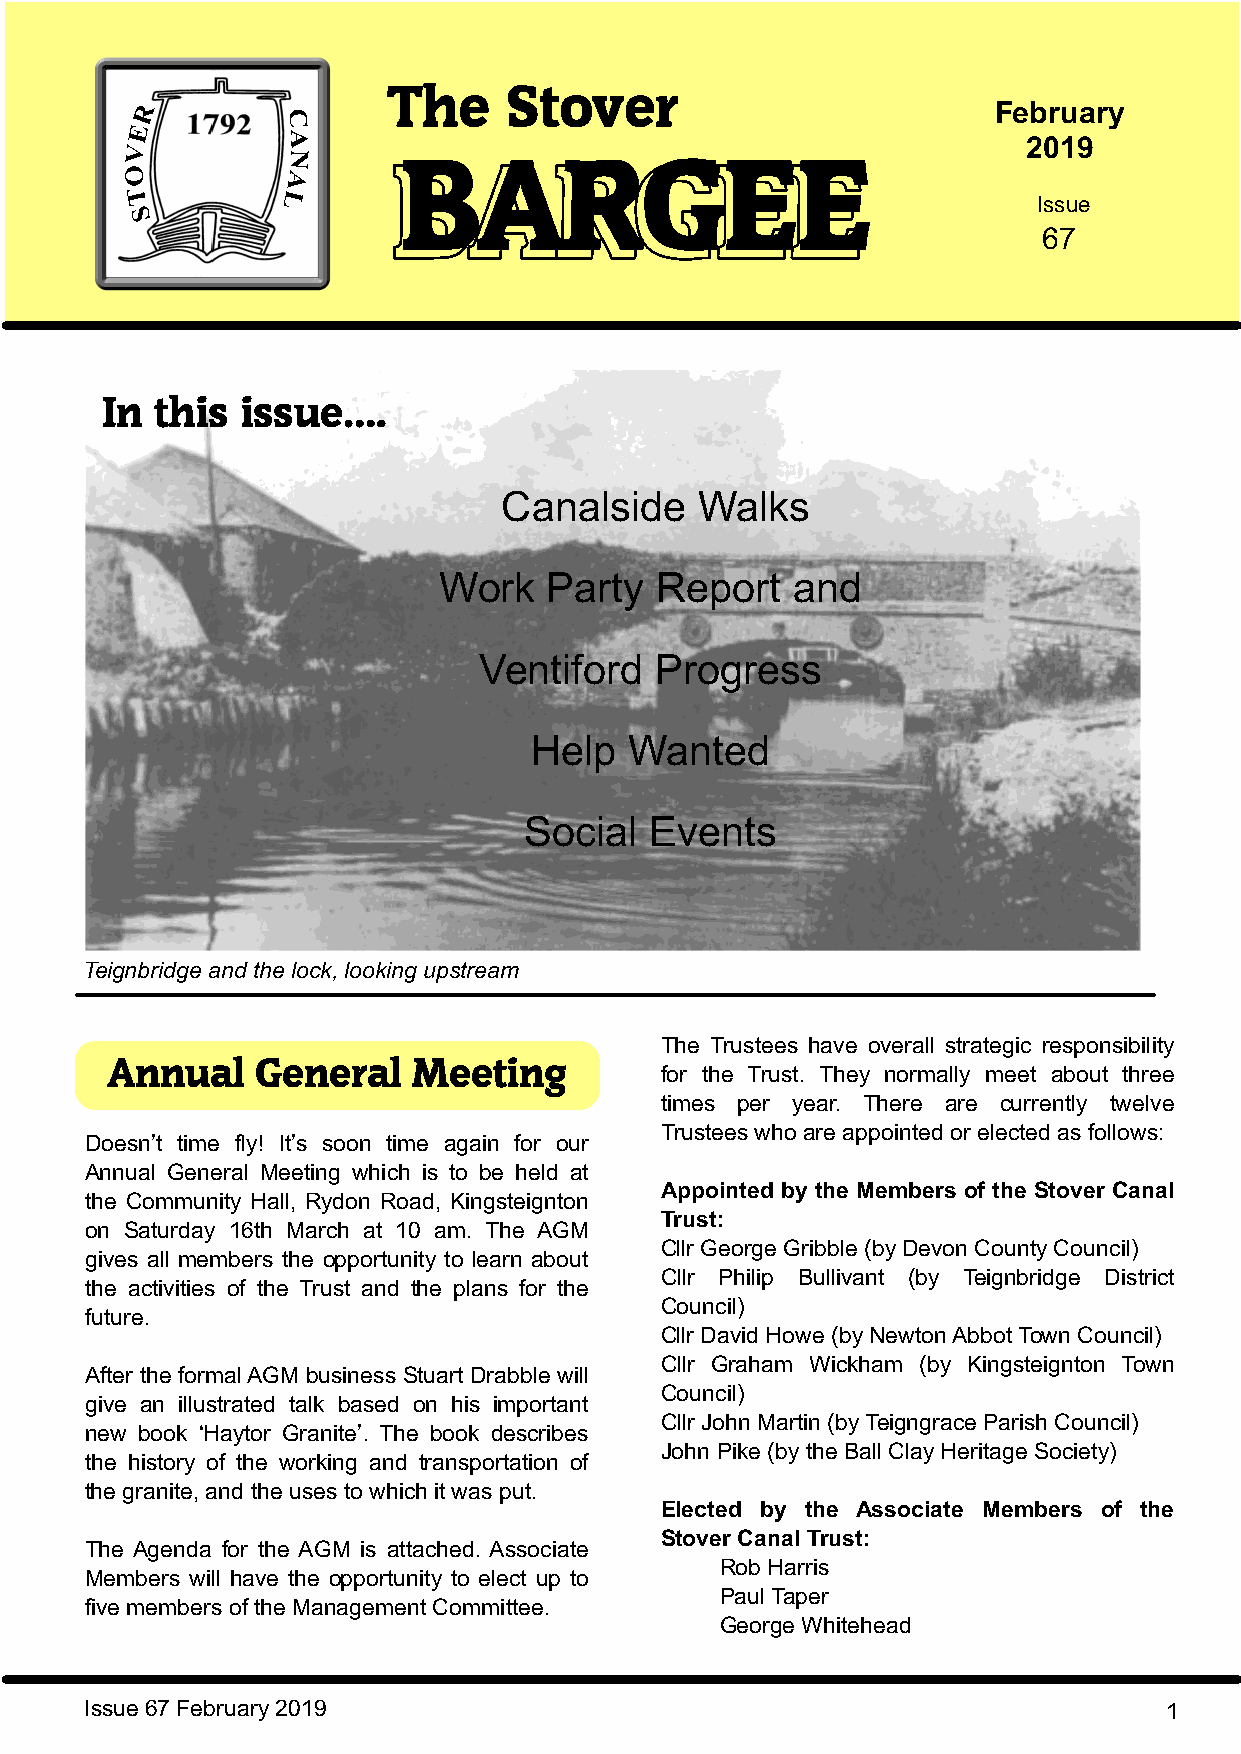
The    Stover
 February
 2019
 BBAARRGGEEEE                                                                          Coadestone
 Issue                                       Old Maps
 67
 Snippets
 In this  issue….
 Canalside    Walks
 Work   Party  Report   and
 Ventiford  Progress
 Help   Wanted
 Social  Events
 Teignbridge and the lock, looking upstream
 The Trustees have overall strategic responsibility
 Annual    General   Meeting          for the Trust. They normally meet about three
 times per year. There are currently twelve
 Trustees who are appointed or elected as follows:
 Doesn’t time fly! It’s soon time again for our
 Annual General Meeting which is to be held at
 Appointed by the Members of the Stover Canal
 the Community Hall, Rydon Road, Kingsteignton
 Trust:
 on Saturday 16th March at 10 am. The AGM
 Cllr George Gribble (by Devon County Council)
 gives all members the opportunity to learn about
 Cllr Philip Bullivant (by Teignbridge District
 the activities of the Trust and the plans for the
 Council)
 future.
 Cllr David Howe (by Newton Abbot Town Council)
 Cllr Graham Wickham (by Kingsteignton Town
 After the formal AGM business Stuart Drabble will
 Council)
 give an illustrated talk based on his important
 Cllr John Martin (by Teigngrace Parish Council)
 new book ‘Haytor Granite’. The book describes
 John Pike (by the Ball Clay Heritage Society)
 the history of the working and transportation of
 the granite, and the uses to which it was put.
 Elected by the Associate Members of the
 Stover Canal Trust:
 The Agenda for the AGM is attached. Associate
 Rob Harris
 Members will have the opportunity to elect up to
 Paul Taper
 five members of the Management Committee.
 George Whitehead
 Issue 67 February 2019                                                 1